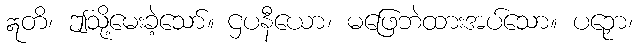
ဣတိ၊ ဤသို့မေးခဲ့သော်။ ဌပနီယော၊ မဖြေဘဲထားအပ်သော။ ပဉှော၊